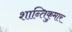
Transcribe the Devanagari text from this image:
शान्तिकुमार